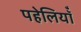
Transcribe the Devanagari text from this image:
पहेलियॉंँ